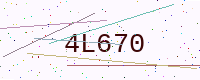
Text: 4L670